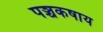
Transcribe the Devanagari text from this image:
पञ्चकषाय